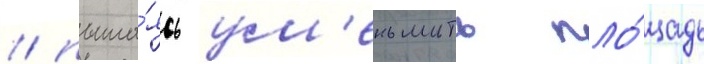
/ пыта́ясь ум'еньшить пло́щадь